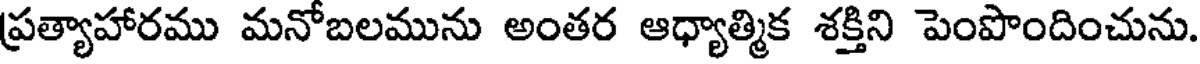
ప్రత్యాహారము మనోబలమును అంతర ఆధ్యాత్మిక శక్తిని పెంపొందించును.